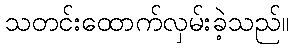
သတင်းထောက်လှမ်းခဲ့သည်။